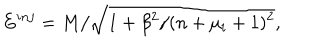
E ^ { i n j } = M / \sqrt { 1 + \beta ^ { 2 } / ( n + \mu _ { i } + 1 ) ^ { 2 } } ,